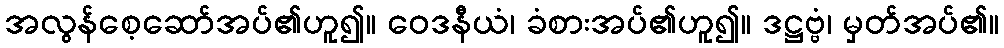
အလွန်စေ့ဆော်အပ်၏ဟူ၍။ ဝေဒနီယံ၊ ခံစားအပ်၏ဟူ၍။ ဒဋ္ဌဗ္ဗံ၊ မှတ်အပ်၏။